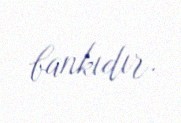
bankıdır.